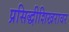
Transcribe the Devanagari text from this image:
प्रसिद्धीशिखरावर